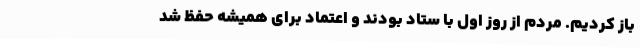
باز کردیم. مردم از روز اول با ستاد بودند و اعتماد برای همیشه حفظ شد